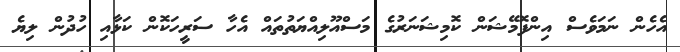
އެހެން ނަމަވެސް އިންފޮމޭޝަން ކޮމިޝަނަރުގެ މަސްއޫލިއްޔަތުތައް އެހާ ސަރީހަކޮން ކަޅާއި ހުދުން ލިޔެ